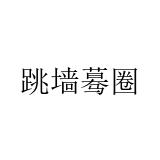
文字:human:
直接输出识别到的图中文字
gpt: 跳墙蓦圈